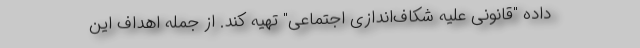
داده "قانونی علیه شکاف‌اندازی اجتماعی" تهیه کند. از جمله اهداف این